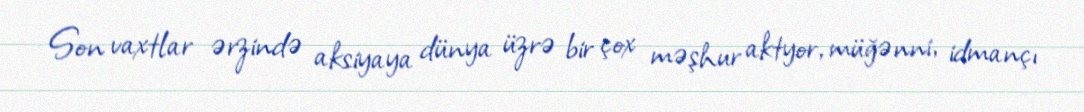
Son vaxtlar ərzində aksiyaya dünya üzrə bir çox məşhur aktyor, müğənni, idmançı